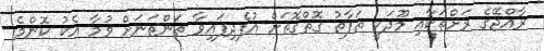
ރާއްޖޭގެ ރަށްތަކާއި މޫދަކީ ތަފާތު ގޮތްގޮތަށް އުފެދިފައިވާ ތަންތަނަށް ވުމާ އެކު ކޮންމެ